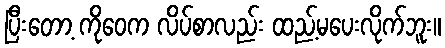
ပြီးတော့ ကိုဝေက လိပ်စာလည်း ထည့်မပေးလိုက်ဘူး။